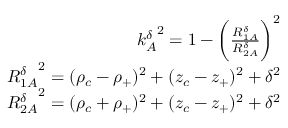
\begin{array} { r } { { k _ { A } ^ { \delta } } ^ { 2 } = 1 - \bigg ( \frac { R _ { 1 A } ^ { \delta } } { R _ { 2 A } ^ { \delta } } \bigg ) ^ { 2 } } \\ { { R _ { 1 A } ^ { \delta } } ^ { 2 } = ( \rho _ { c } - \rho _ { + } ) ^ { 2 } + ( z _ { c } - z _ { + } ) ^ { 2 } + \delta ^ { 2 } } \\ { { R _ { 2 A } ^ { \delta } } ^ { 2 } = ( \rho _ { c } + \rho _ { + } ) ^ { 2 } + ( z _ { c } - z _ { + } ) ^ { 2 } + \delta ^ { 2 } } \end{array}